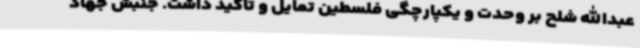
عبدالله شلح بر وحدت و یکپارچگی فلسطین تمایل و تاکید داشت. جنبش جهاد